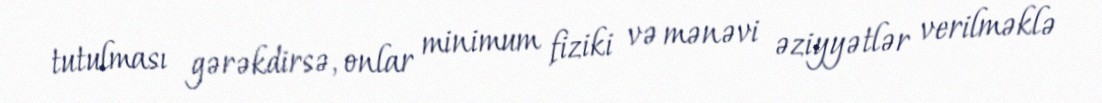
tutulması gərəkdirsə, onlar minimum fiziki və mənəvi əziyyətlər verilməklə